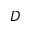
D